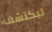
ليكتشف